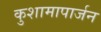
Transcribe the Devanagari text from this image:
कुशामापार्जन